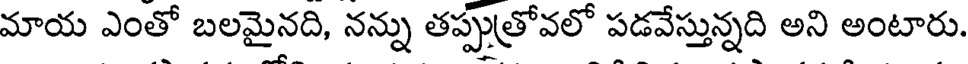
మాయ ఎంతో బలమైనది, నన్ను తప్పుత్రోవలో పడవేస్తున్నది అని అంటారు.